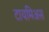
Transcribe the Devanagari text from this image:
टायमिअस